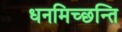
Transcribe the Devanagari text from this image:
धनमिच्छन्ति